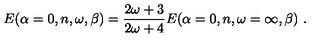
E ( \alpha = 0 , n , \omega , \beta ) = \frac { 2 \omega + 3 } { 2 \omega + 4 } E ( \alpha = 0 , n , \omega = \infty , \beta ) \ . \